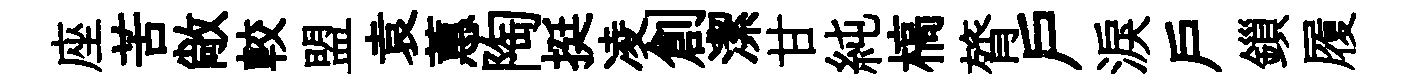
座苦敞較盟袁蕙陶挺凌創潔甘純槁膂戶淚戶鎻履